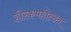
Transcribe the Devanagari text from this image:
हीरकमहोत्सव